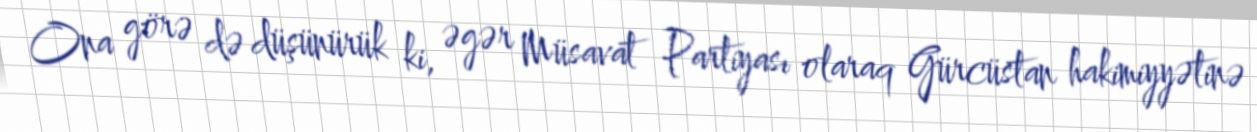
Ona görə də düşünürük ki, əgər Müsavat Partiyası olaraq Gürcüstan hakimiyyətinə